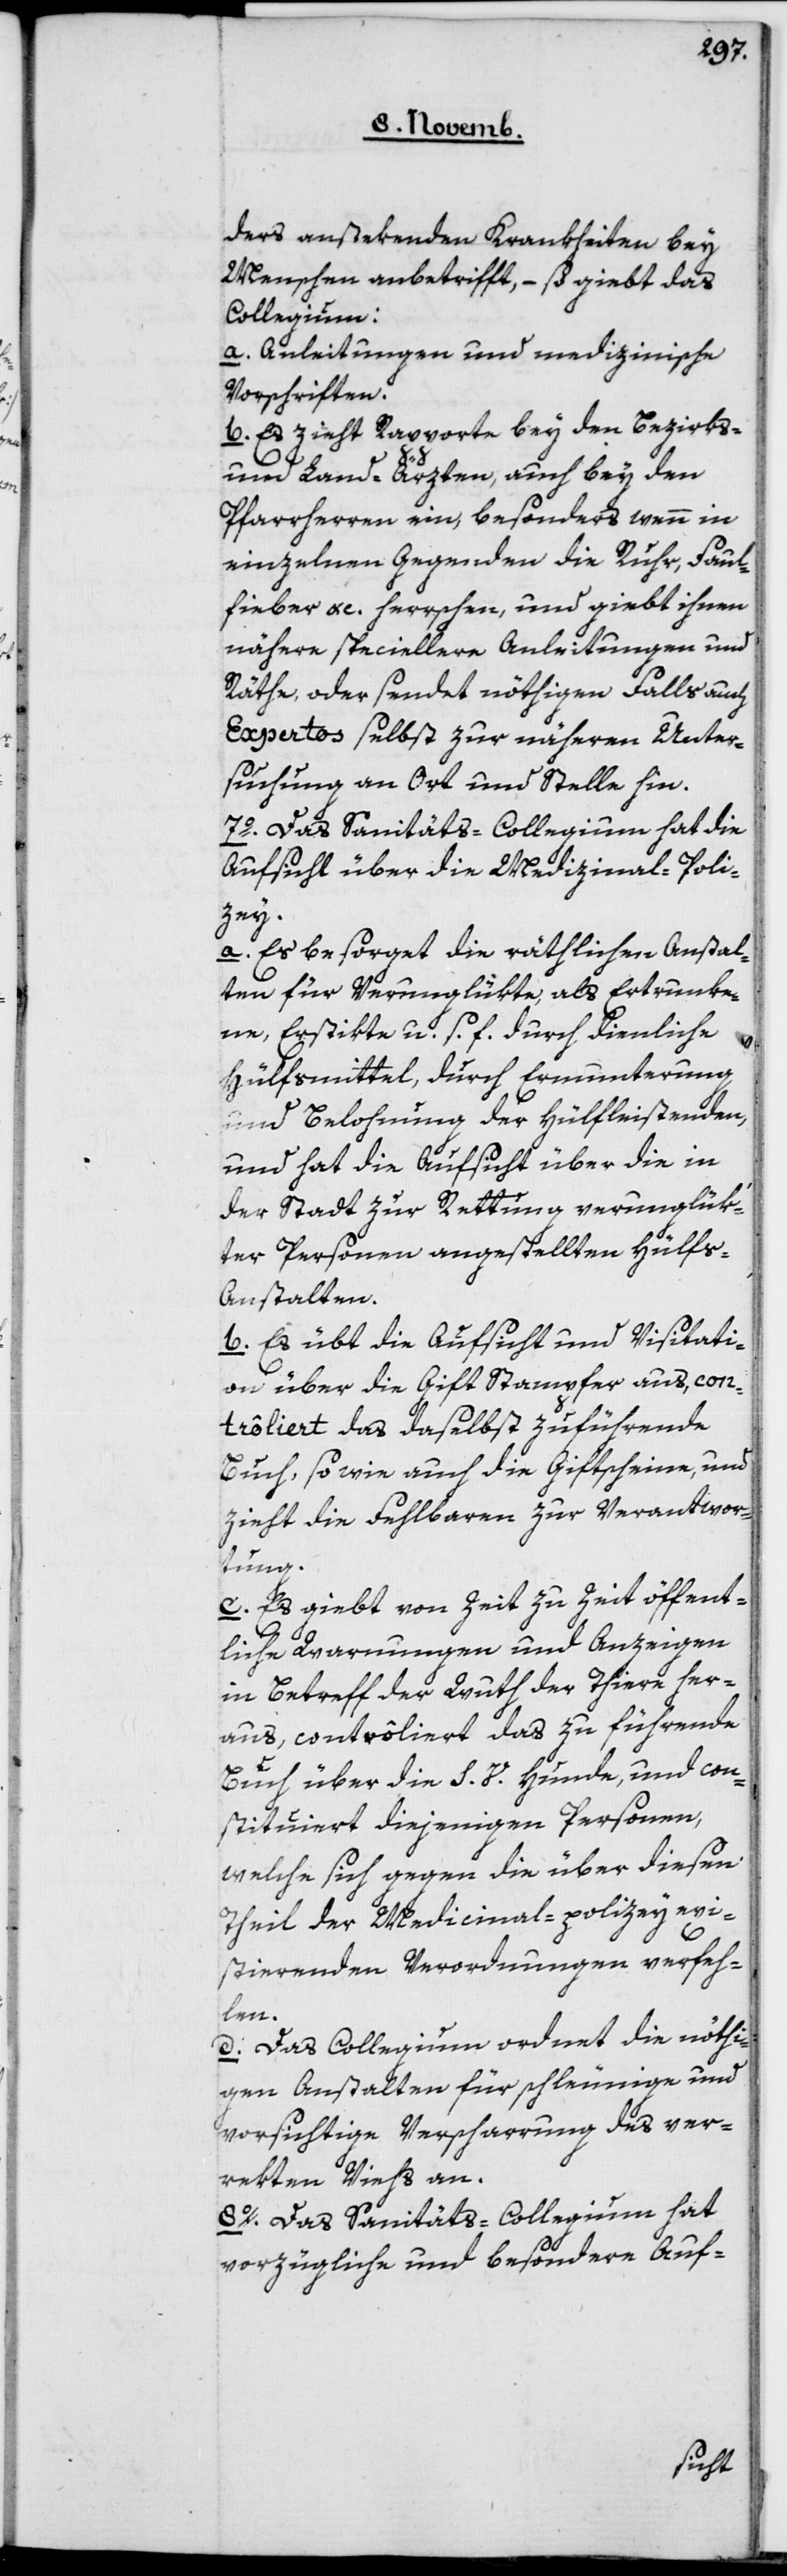
ders anstekenden Krankheiten bey
Menschen anbetrifft, – so giebt das
Collegium:
a. Anleitungen und medizinische
Vorschriften.
b. Es zieht Rapporte bey den Bezirks-
und Land-Ärzten, auch bey den
Pfarrherren ein, besonders wenn in
einzelnen Gegenden die Ruhr, Faul¬
fieber etc. herrschen, und gibt ihnen
nähere specielle Anleitungen und
Räthe, oder sendet nöthigen Falls auch
Expertos selbst zur näheren Unter¬
suchung an Ort und Stelle hin.
7o Das Sanitäts-Collegium hat die
Aufsicht über die Medzinial-Poli¬
zey.
a. Es besorge die rätlichen Anstal¬
ten für Verunglükte, als Ertrunke¬
ne, Erstikte u.s.f. durch dienliche
Hülfsmittel, durch Ermunterung
und Belohnung der Hülfleistenden,
und hat die Aufsicht über die in
der Stadt zur Rettung verunglük¬
ter Personen angestellten Hülf¬
s-Anstalten.
b. Es übt die Aufsicht und Visitati¬
on über die Giftstampfer aus, con¬
trôliert das daselbst zu führende
Buch, sowie auch die Giftscheine, und
zieht die Fehlbaren zur Verantwor¬
tung.
c. Es giebt von Zeit zu Zeit öffent¬
liche Warnungen und Anzeigen
in Betreff der Wuth der Tiere her¬
aus, controlliert das zu führende
Buch über die S. V. Hunde und con¬
stituiert diejenigen Personen,
welche sich gegen die über diesen
Theil der Medicinal-polizey exi¬
stierenden Verordnungen verfeh¬
len.
d. Das Collegium ordnet die nöthi¬
gen Anstalten für schleunige und
vorsichtige Verscharrung des ver¬
rekten Viehs an.
8o Das Sanitäts-Collegium hat
vorzügliche und besondere Auf-